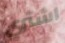
اشتري